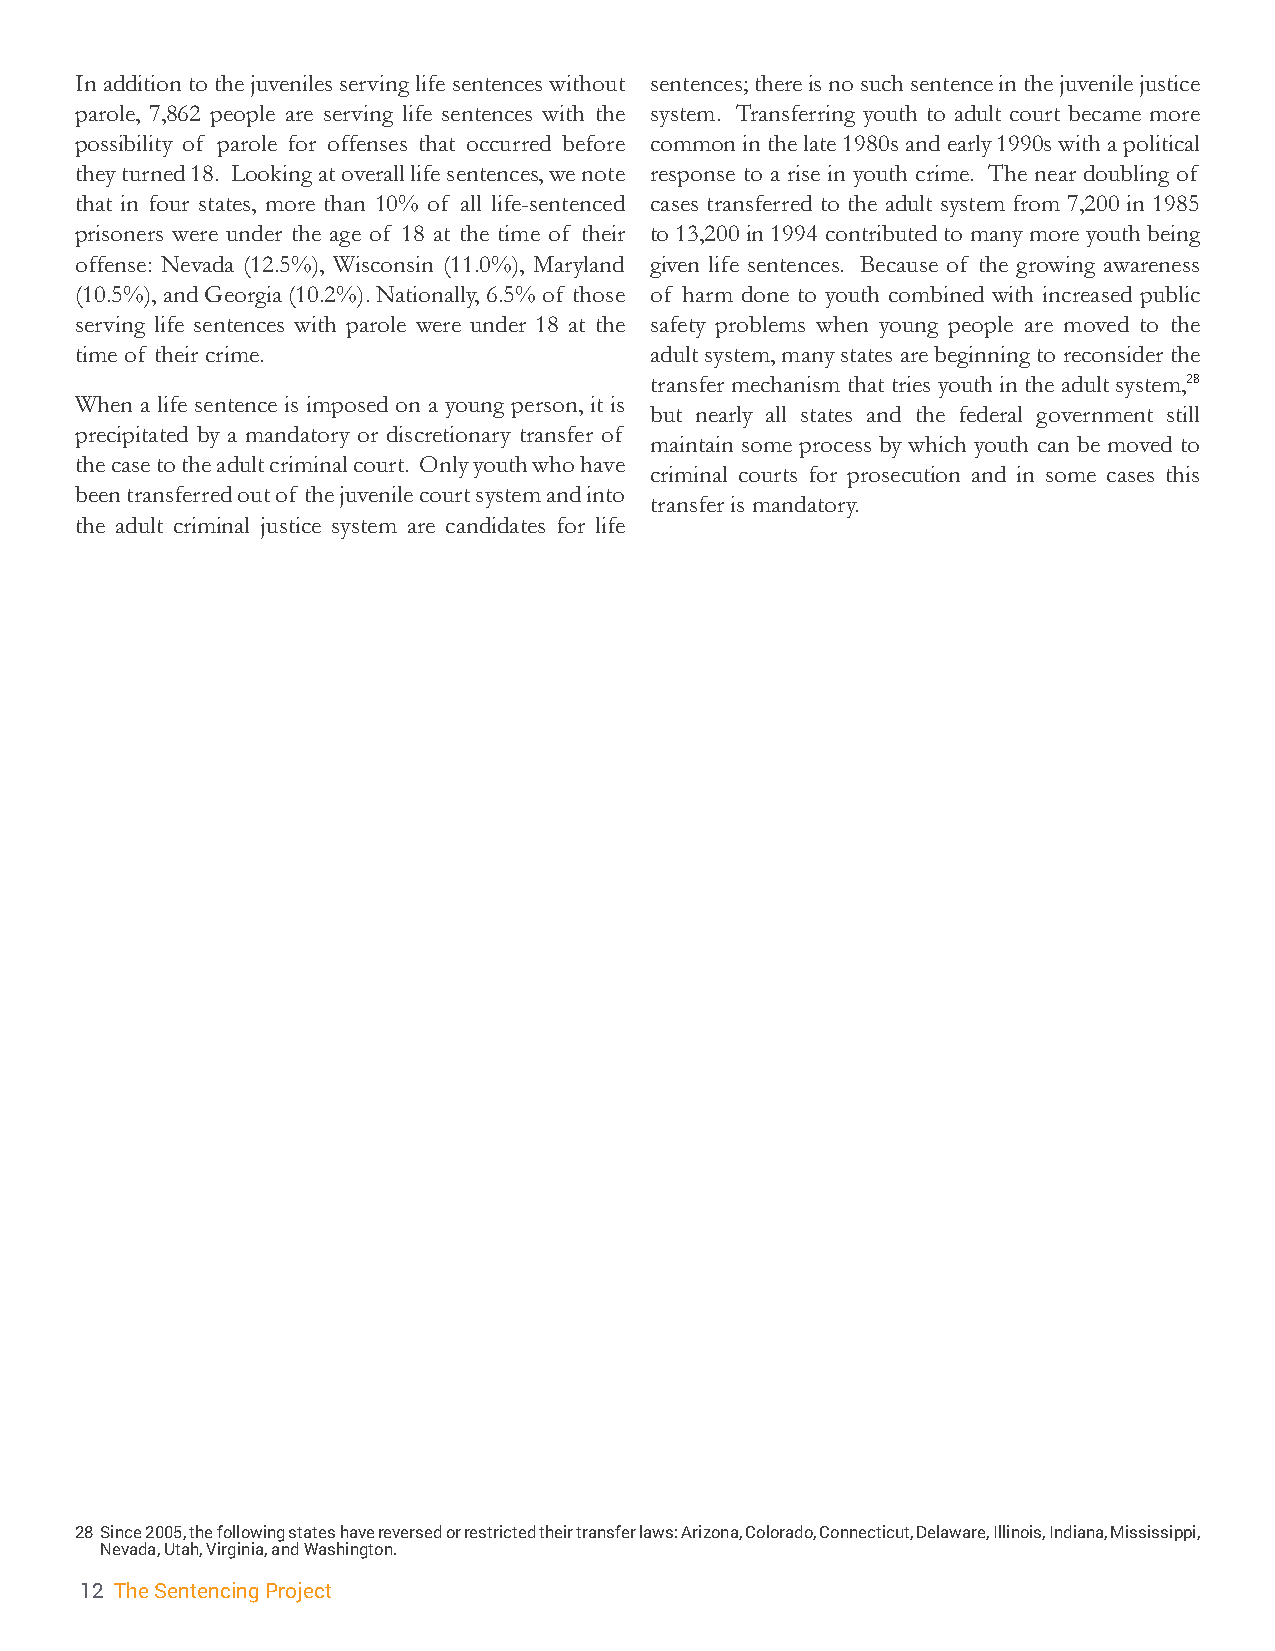
In addition to the juveniles serving life sentences without sentences; there is no such sentence in the juvenile justice
 parole, 7,862 people are serving life sentences with the system. Transferring youth to adult court became more
 possibility of parole for offenses that occurred before common in the late 1980s and early 1990s with a political
 they turned 18. Looking at overall life sentences, we note response to a rise in youth crime. The near doubling of
 that in four states, more than 10% of all life-sentenced cases transferred to the adult system from 7,200 in 1985
 prisoners were under the age of 18 at the time of their to 13,200 in 1994 contributed to many more youth being
 offense: Nevada (12.5%), Wisconsin (11.0%), Maryland given life sentences. Because of the growing awareness
 (10.5%), and Georgia (10.2%). Nationally, 6.5% of those of harm done to youth combined with increased public
 serving life sentences with parole were under 18 at the safety problems when young people are moved to the
 time of their crime.                  adult system, many states are beginning to reconsider the
 transfer mechanism that tries youth in the adult system,28
 When a life sentence is imposed on a young person, it is
 but nearly all states and the federal government still
 precipitated by a mandatory or discretionary transfer of
 maintain some process by which youth can be moved to
 the case to the adult criminal court. Only youth who have
 criminal courts for prosecution and in some cases this
 been transferred out of the juvenile court system and into
 transfer is mandatory.
 the adult criminal justice system are candidates for life
 28 Since 2005, the following states have reversed or restricted their transfer laws: Arizona, Colorado, Connecticut, Delaware, Illinois, Indiana, Mississippi,
 Nevada, Utah, Virginia, and Washington.
 12 The Sentencing Project